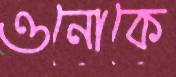
ওনোকে